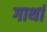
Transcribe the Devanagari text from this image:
गाथां